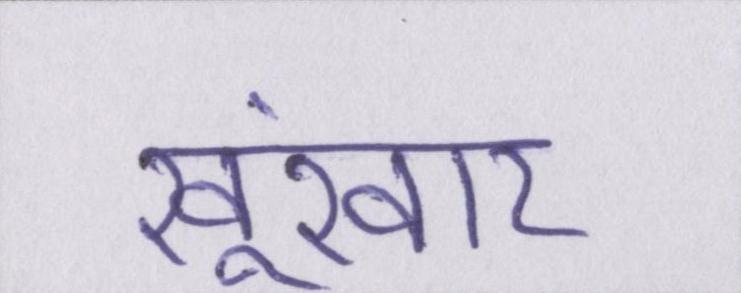
खूंखार